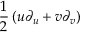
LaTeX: { \frac { 1 } { 2 } } \left( u \partial _ { u } + v \partial _ { v } \right)